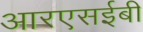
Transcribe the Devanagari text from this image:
आरएसईबी